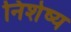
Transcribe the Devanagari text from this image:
निशेष्य